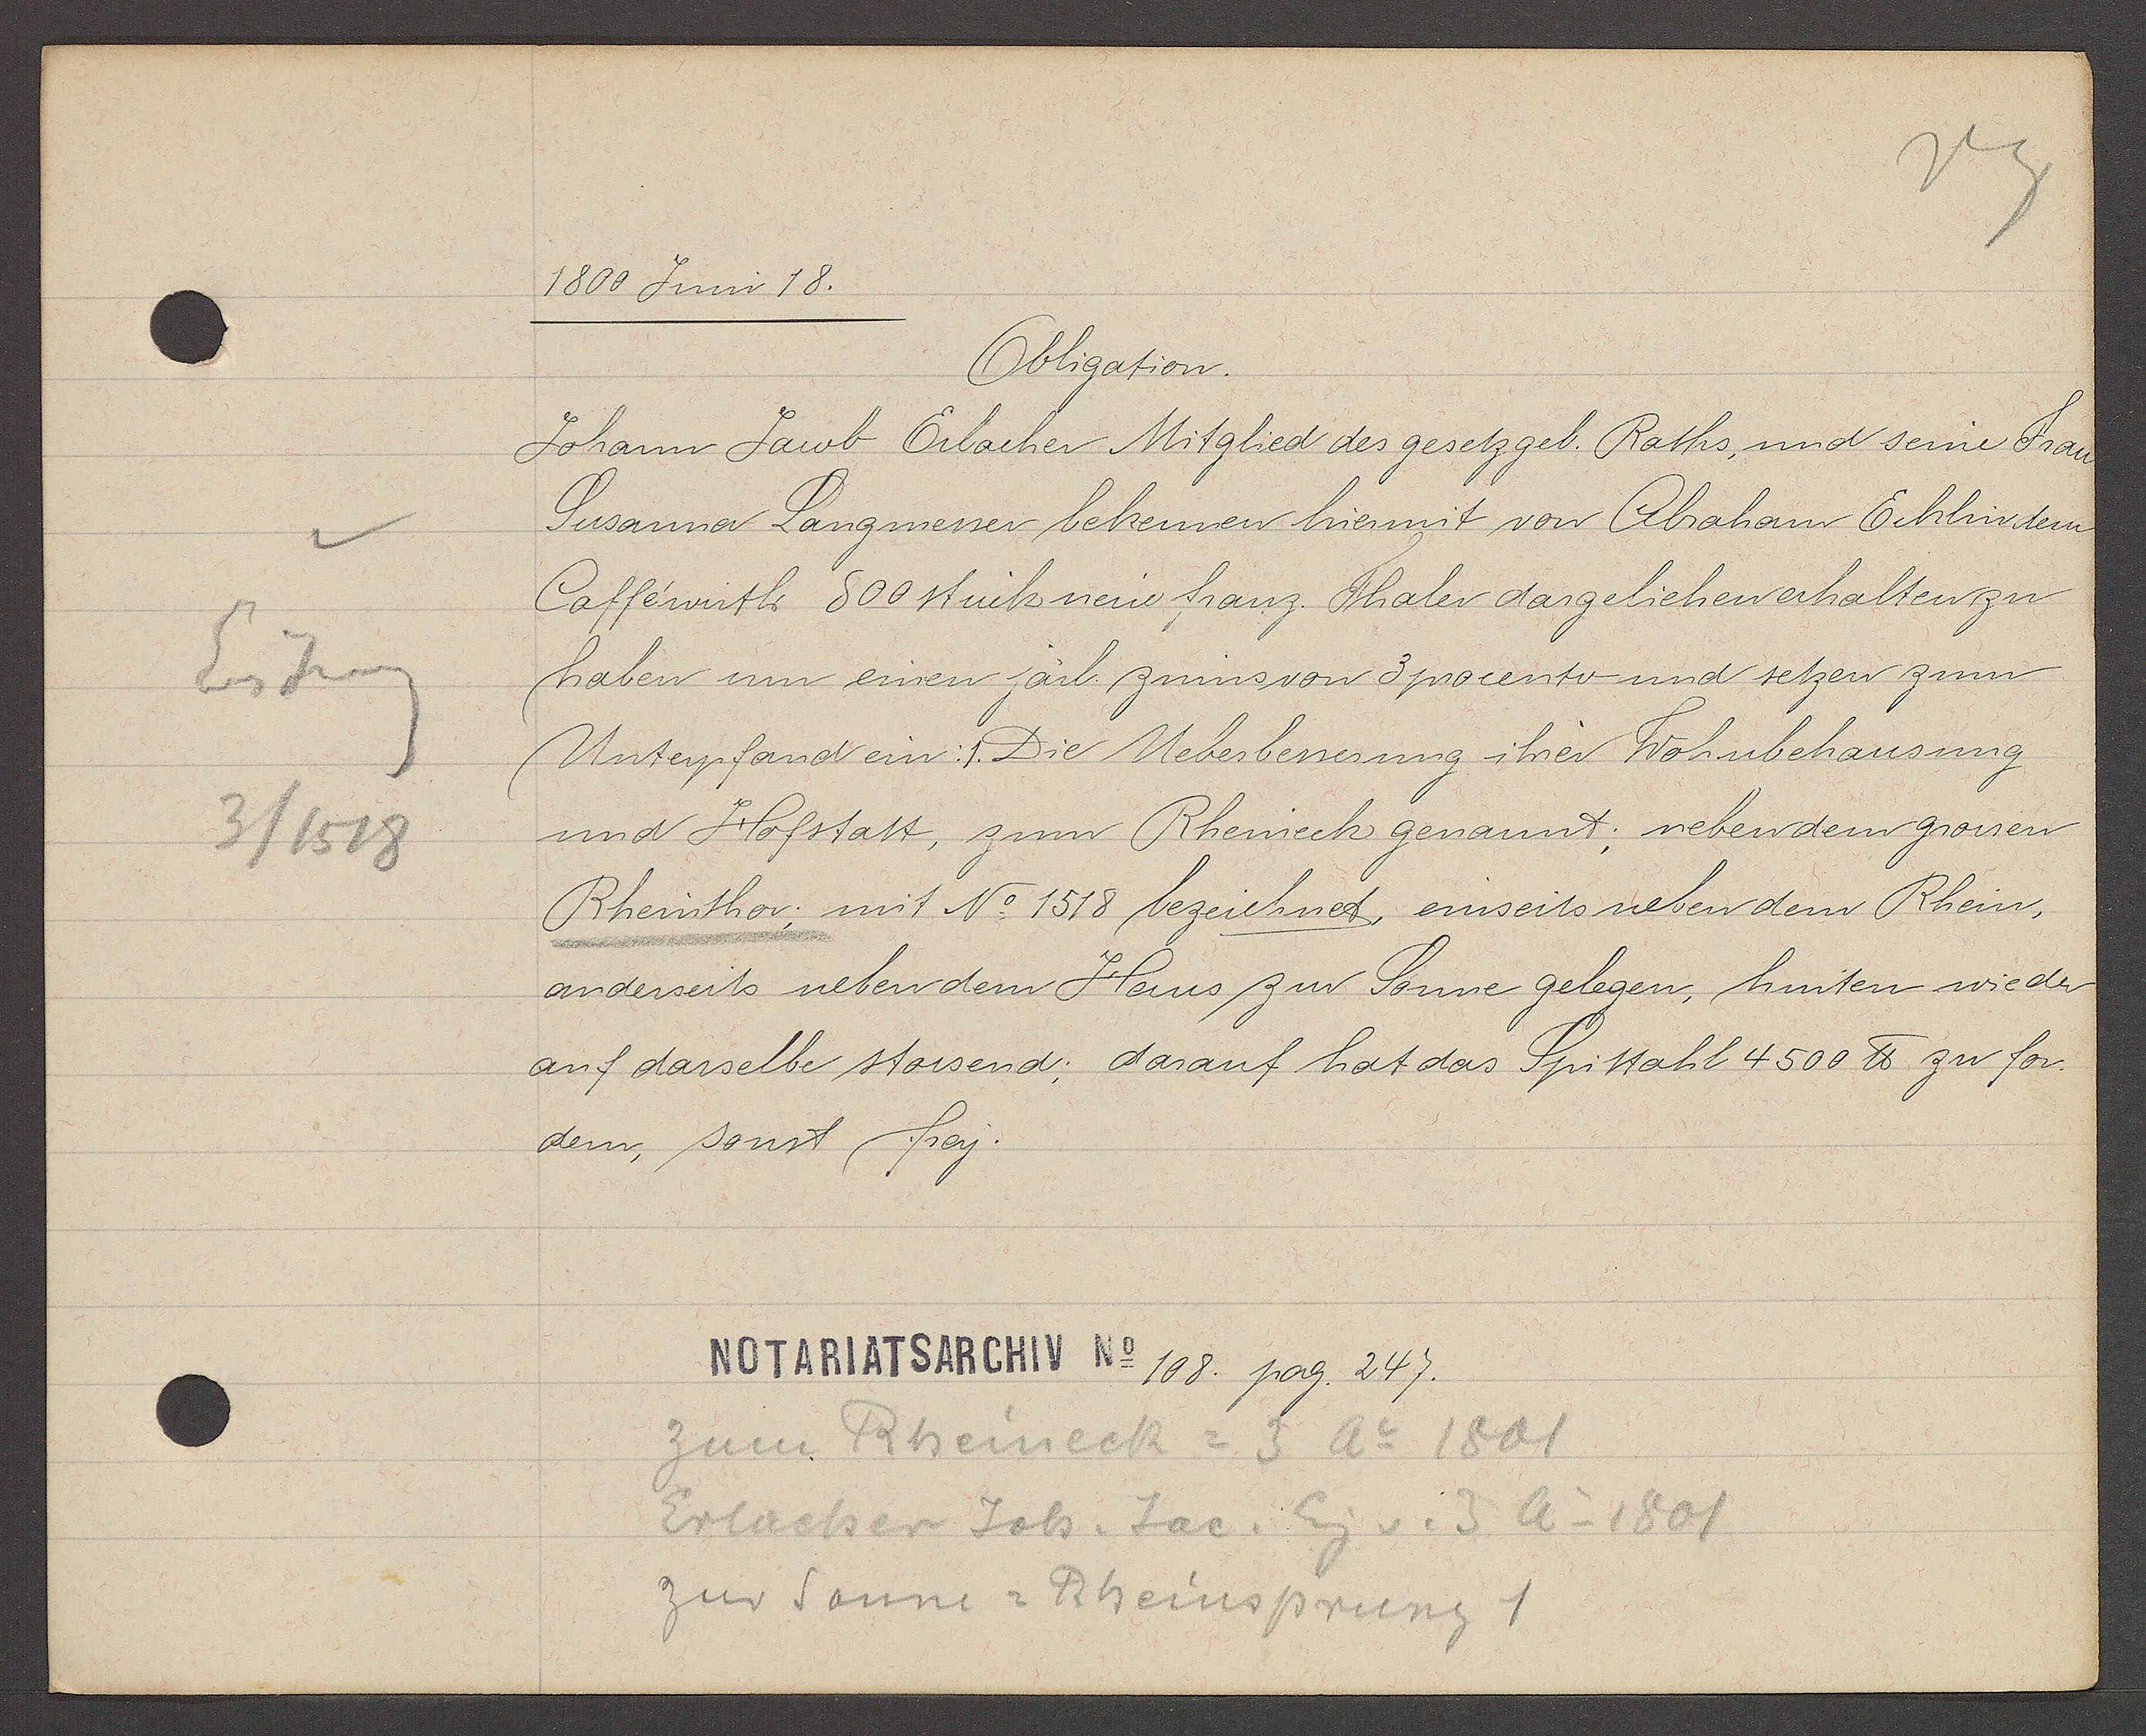
Transcript:
1800 Juni 18.
Obligation.
Johann Jacob Erlacher Mitglied des gesetzgeb. Raths, und seine Frau
Susanna Langmesser bekennen hiermit von Abraham Ecklin dem
Cafféwirth 800 stück neüe franz. Thaler dargeliehen erhalten zu
haben um einen järl. zinns von 3 procento und seten zum
Unterpfand ein: 1. Die Ueberbessesung ihrer Wohnbehausung
und Hofstatt, zum Rheineck genannt; neben dem grossen
Rheinthor; mit No 1518 bezeichnet einseits neben dem Rhein,
anderseits neben dem Haus zur Sonne gelegen, hinten wieder
auf dasselbe stossend; darauf hat das Spittahl 4500 ℔ zu for-
dern, sonst frey.
108. pag. 247.
zum Rheineck = 3 Ao 1801
Erlacher Joh. Jac. Eig v. 3 Ao 1801
zur Sonne = Rheinsprung 1

Eiseng
3 / 1518